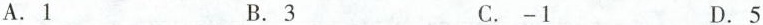
A.1 B.3 C.-1 D.5